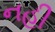
નહી